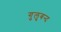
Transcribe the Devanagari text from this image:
गुलुबन्द